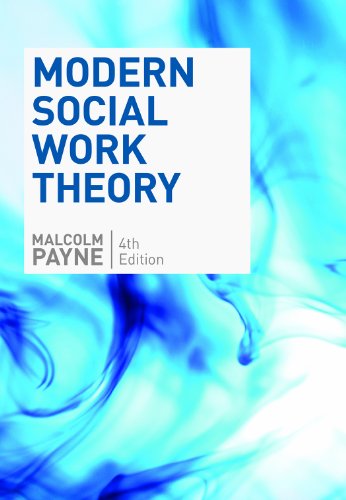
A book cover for Modern Social Work Theory; Malcolm Payne; Politics & Social Sciences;